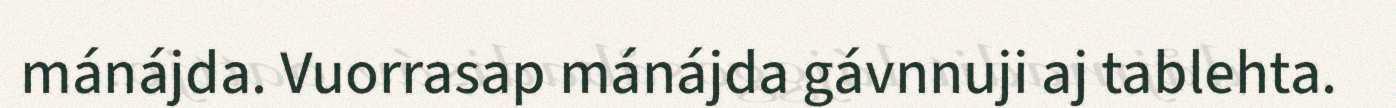
mánájda. Vuorrasap mánájda gávnnuji aj tablehta.